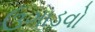
ઉગાડવો